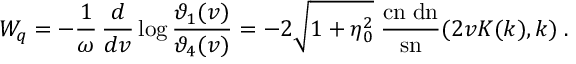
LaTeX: { \cal { W } } _ { q } = - \frac { 1 } { \omega } \, { \frac { d } { d v } } \log { \frac { \vartheta _ { 1 } ( v ) } { \vartheta _ { 4 } ( v ) } } = - 2 \sqrt { 1 + \eta _ { 0 } ^ { 2 } } \; { \frac { \mathrm { c n } \; \mathrm { d n } } { \mathrm { s n } } } ( 2 v K ( k ) , k ) \; .